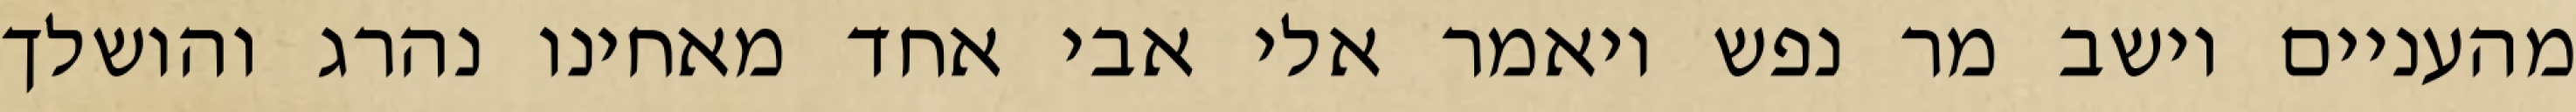
מהעניים וישב מר נפש ויאמר אלי אבי אחד מאחינו נהרג והושלך